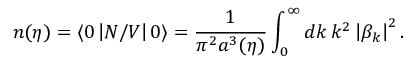
n ( \eta ) = \langle 0 \left| { \cal N } / V \right| 0 \rangle = \frac { 1 } { \pi ^ { 2 } a ^ { 3 } ( \eta ) } \int _ { 0 } ^ { \infty } d k \, k ^ { 2 } \left| \beta _ { k } \right| ^ { 2 } .